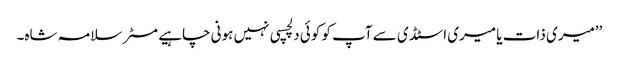
’’میری ذات یا میری اسٹڈی سے آپ کو کوئی دلچسپی نہیں ہونی چاہیے مسٹر سلامہ شاہ۔